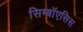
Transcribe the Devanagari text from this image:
सिम्बॉएसिस